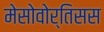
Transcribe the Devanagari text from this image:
मेसोवोर्तिसस